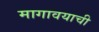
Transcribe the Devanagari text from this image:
मागावयाची